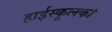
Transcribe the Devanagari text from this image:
हाईस्कूलकी